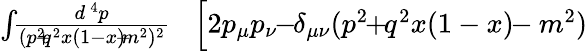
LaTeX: \begin{array}{rlr}{\int\! \! {\frac{d^{\, 4}p}{(p^{2}\! \! +\! \! q^{2}x(1-x)\! \! -\! \! m^{2})^{2}}}}&{{}}&{\! \! \! \! \! \! \! \Big[2p_{\mu}p_{\nu}\! \! -\! \! \delta_{\mu\nu}(p^{2}\! \! +\! \! q^{2}x(1-x)\! \! -m^{2})}\end{array}